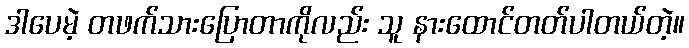
ဒါပေမဲ့ တဖက်သားပြောတာကိုလည်း သူ နားထောင်တတ်ပါတယ်တဲ့။